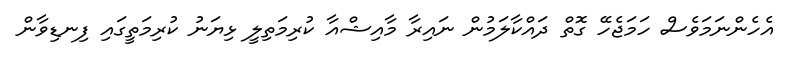
އެހެންނަމަވެސް ހަމަޖެހޭ ގޮތް ދައްކާލަމުން ނައިރާ މާއިޝްއާ ކުރިމަތިލީ ޅިޔަނު ކުރިމަތީގައި ފިނޑިވާން